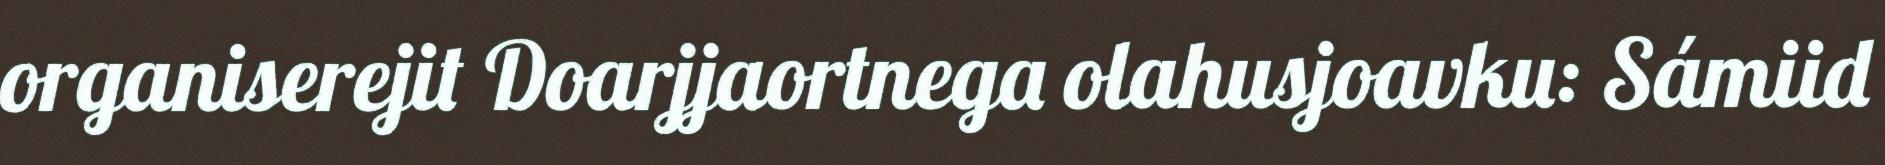
organiserejit Doarjjaortnega olahusjoavku: Sámiid